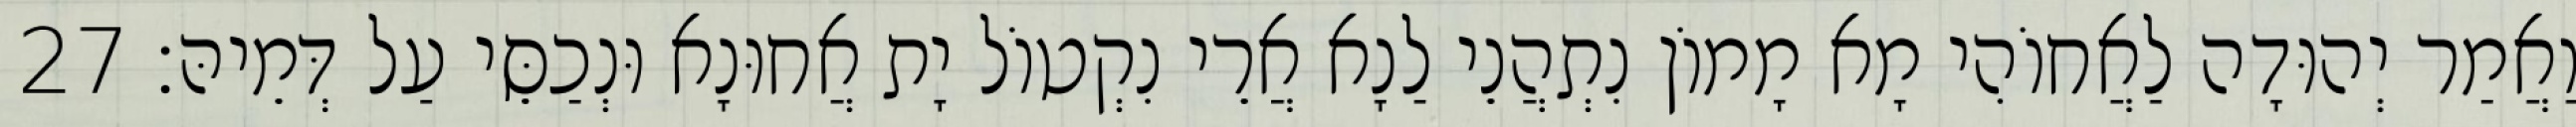
וַאֲמַר יְהוּדָה לַאֲחוֹהִי מָא מָמוֹן נִתְהֲנֵי לַנָא אֲרֵי נִקְטוֹל יָת אֲחוּנָא וּנְכַסֵּי עַל דְּמֵיהּ׃ 27